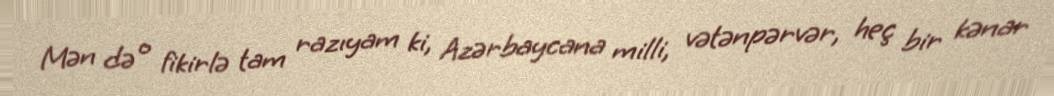
Mən də o fikirlə tam razıyam ki, Azərbaycana milli, vətənpərvər, heç bir kənar